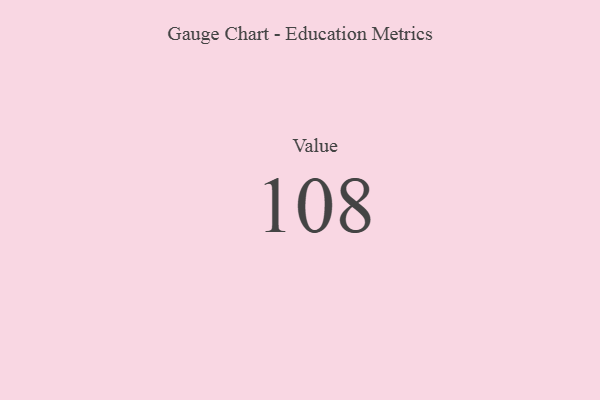
{"axis": {"x": "Metric", "y": "Value"}, "legend": [""], "data": [{"x": "Value", "y": 108, "type": ""}]}